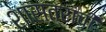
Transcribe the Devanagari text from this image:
शास्त्रांची